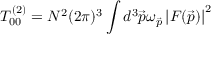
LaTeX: T _ { 0 0 } ^ { ( 2 ) } = { N ^ { 2 } ( 2 \pi ) ^ { 3 } } \int { { d ^ { 3 } \vec { p } \omega _ { \vec { p } } } \left| F ( \vec { p } ) \right| ^ { 2 } }